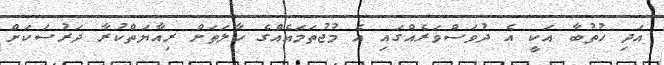
އަދި ޚުތުބާ އަކީ އެ ދުވަސްވަރެއްގައި އެ މުޖުތަމައެއްގެ ހާލަތަށް ރިއާޔަތްކުރާ ދަރުސަކަށް